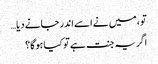
تو ، میں نے اسے اندر جانے دیا…
اگر یہ جنت ہے تو کیا ہوگا؟